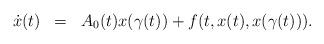
LaTeX: \begin{align*} \begin{array}{lcl}\dot{x}(t)&=&A_{0}(t)x(\gamma(t))+f(t,x(t),x(\gamma(t))).\end{array}\end{align*}